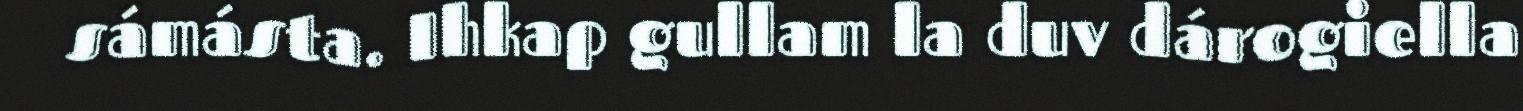
sámásta. Ihkap gullam la duv dárogiella